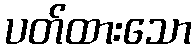
ပတ်ထားသော